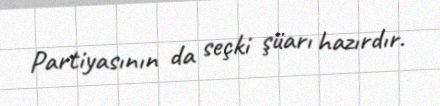
Partiyasının da seçki şüarı hazırdır.